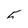
Character: 5